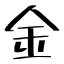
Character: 金